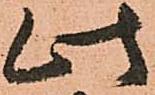
此